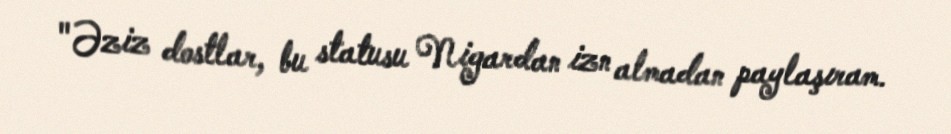
"Əziz dostlar, bu statusu Nigardan izn almadan paylaşıram.